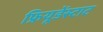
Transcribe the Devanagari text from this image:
फ्रियूडेंस्टाट